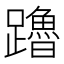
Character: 𬧙